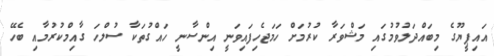
އައިޕީޔޫގެ މިބައްދަލުވުމުގައި މަޝްވަރާ ކުރުމަށް ހަމަޖެހިފައިވަނީ އިންސާނީ ހައްގުތަކާ ސުލްހަ ގާއިމްކުރުމާއި ބެހޭ